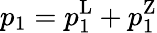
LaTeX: p_{1}=p_{1}^{\mathrm{L}}+p_{1}^{\mathrm{Z}}